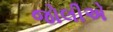
જોલીએ